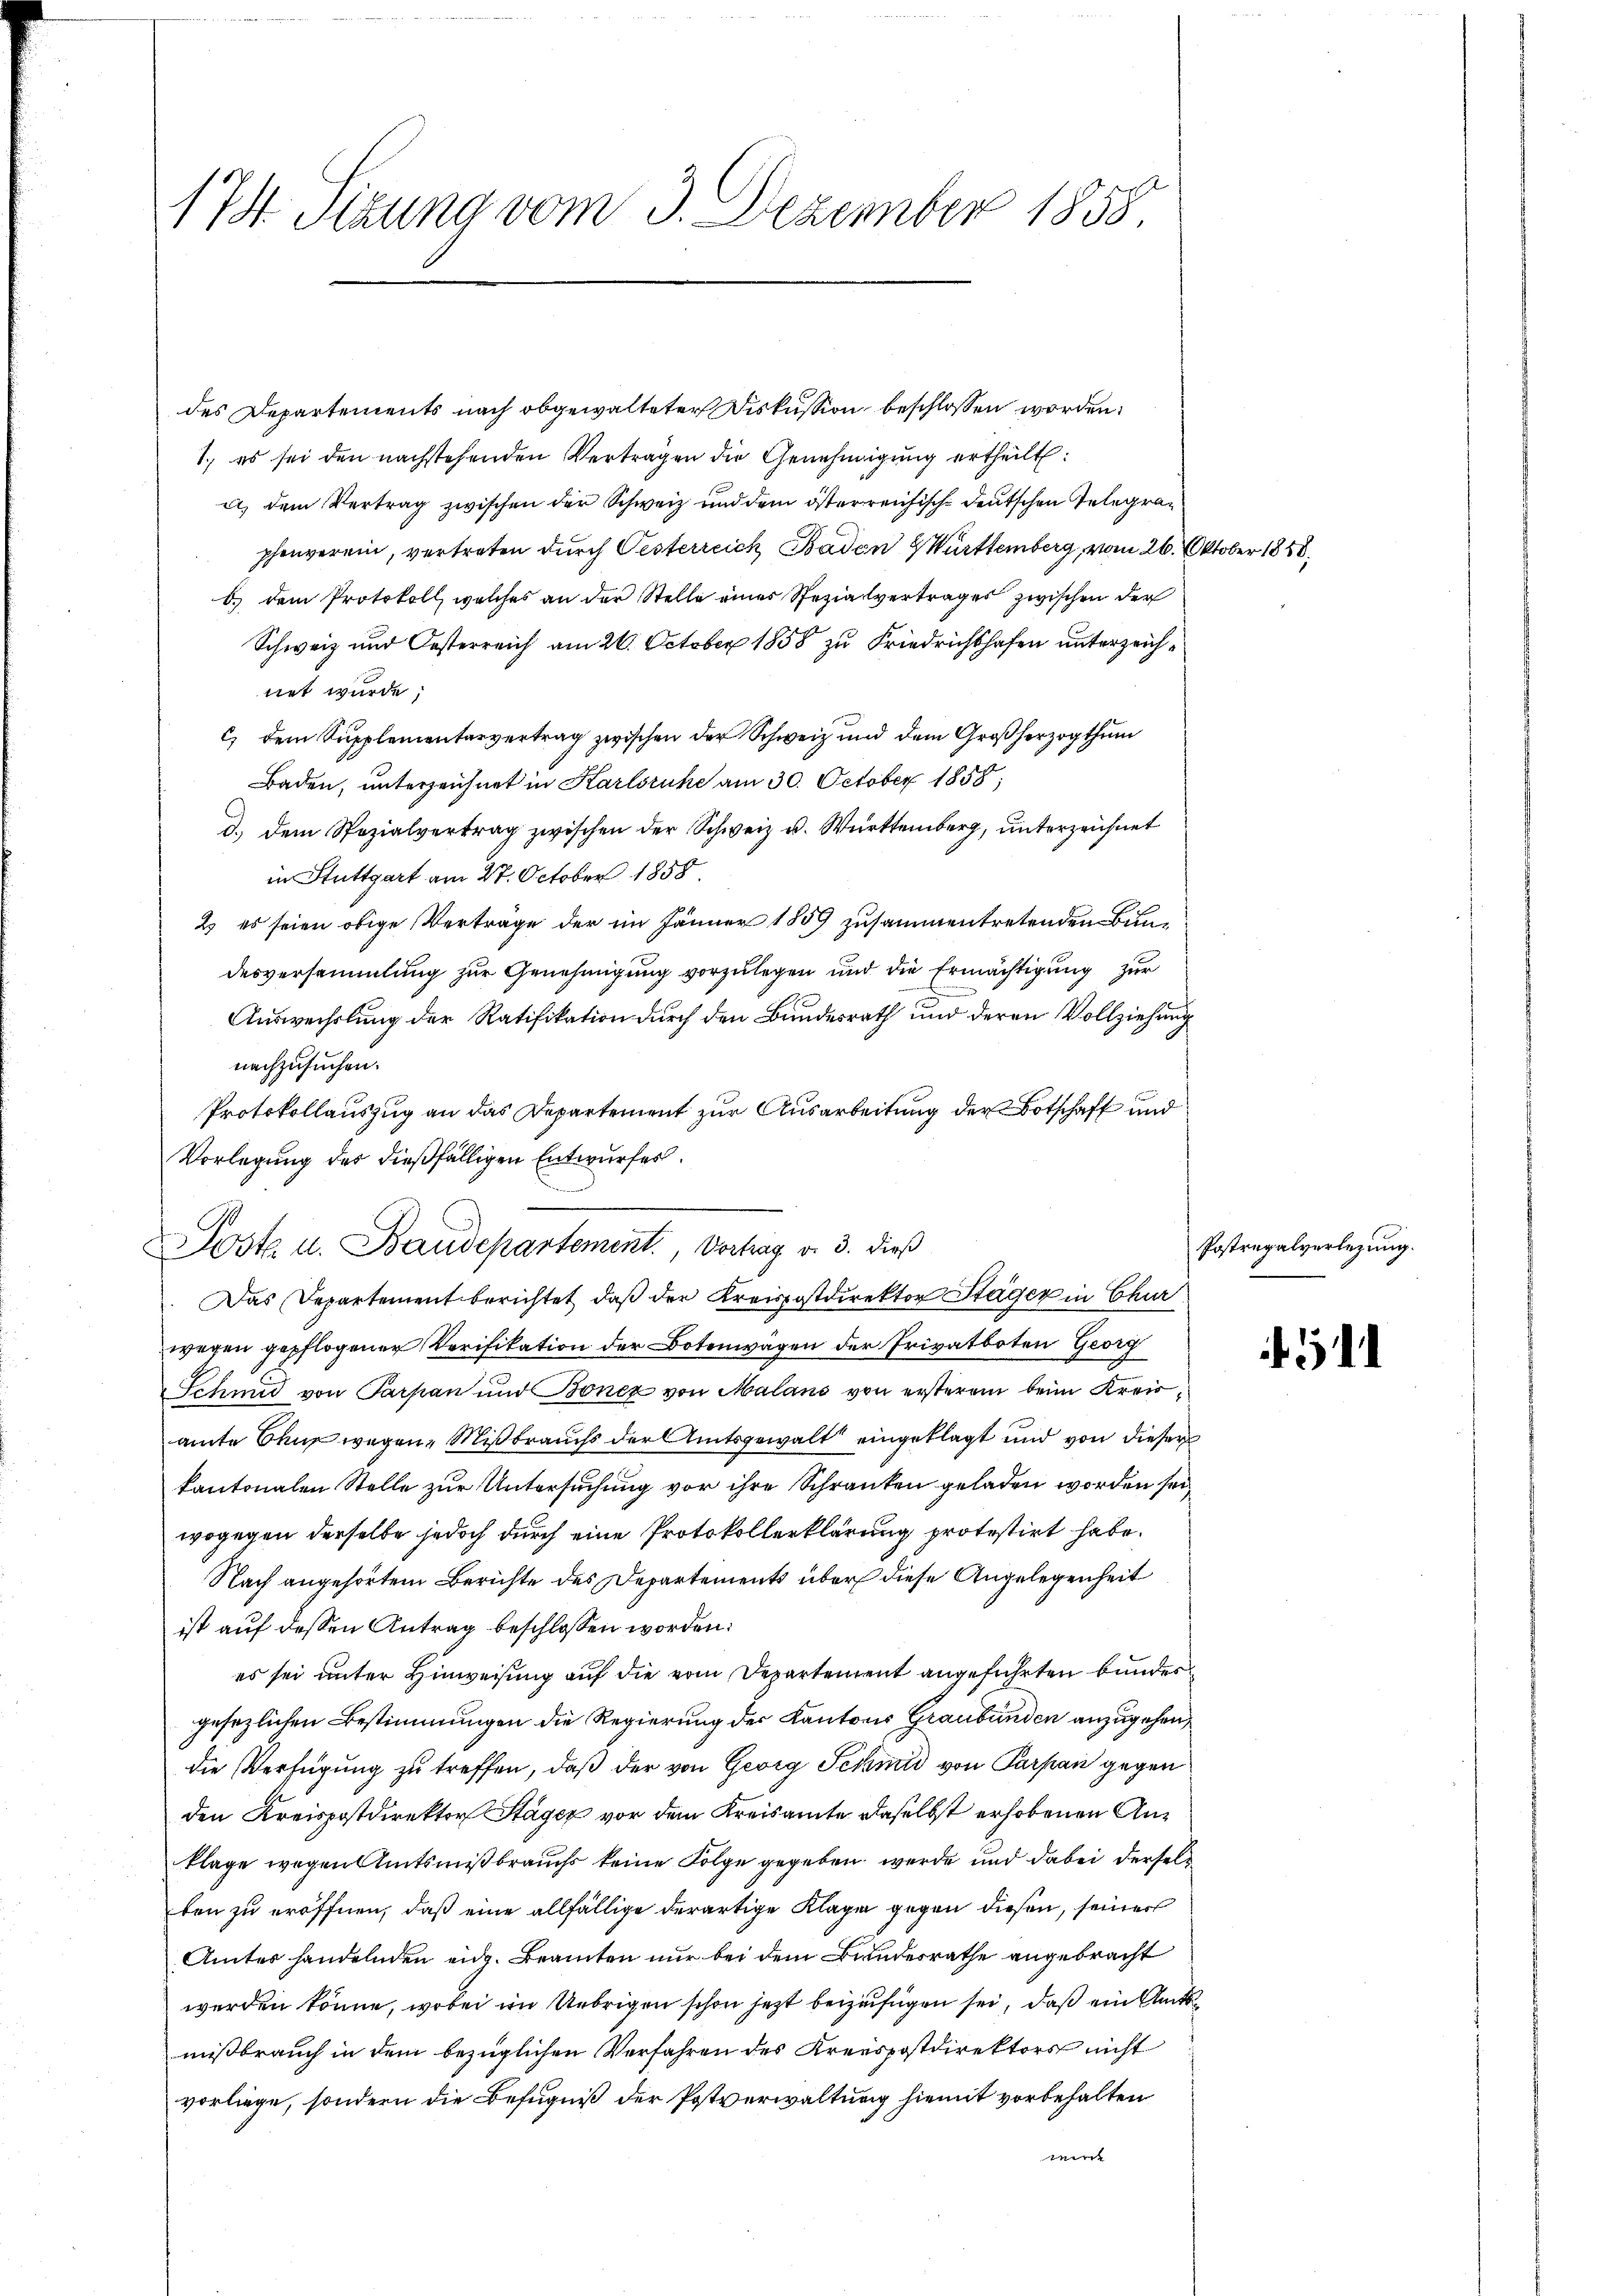
174. Sizung vom 3. Dezember 1858.

des Departements nach obgewalteter Diskussion beschlossen worden.
1. es sei den nachstehenden Vertragen die Genehmigung ertheilt:
a) dem Vertrag zwischen der Schweiz und dem österreichische deutschen Telegraphenverein, vertreten durch Oesterreich Baden Württemberg, vom 26. Oktober 1858
b.) dem Protokoll, welches an der Stelle eines Spezialvertrages zwischen der
Schweiz und Oesterreich am 21. October 1858 zu Friedrichshofen unterzeichnet wurde;
c) dem Supplementarvertrag zwischen der Schweiz und dem Großherzogthum
Baden, unterzeichnet in Karlsruhe am 30. October 1858;
d.) dem Spezialvertrag zwischen der Schweiz u. Württemberg, unterzeichnet
in Stuttgart am 27. October 1858.
2) es seien obige Verträge der im Jänner 1859 zusammentretenden Bundesversammlung zur Genehmigung vorzulegen und die Ermächtigung zur
Auswechslung der Ratifikation durch den Bundesrath und deren Vollziehung
nachzusuchen.
Protokollauszug an das Departement zur Ausarbeitung der Botschaft und
Vorlegung des dießfälligen Entwurfes.
wegen gepflogener Verifikation der Botenwagen der Privatboten Georg
Schmid von Parpan und Bonez von Malans von ersterem beim Kreisamte Chur wegen Mißbrauchs der Amtsgewalt eingeklagt und von dieser
kantonalen Stelle zur Untersuchung vor ihre Schranken geladen worden sei,
wogegen derselbe jedoch durch eine Protokollerklärung protestirt habe.
Nach angehörtem Berichte des Departements über diese Angelegenheit
ist auf dessen Antrag beschlossen worden:
es sei unter Hinweisung auf die vom Departement angeführten Bundes
gesezlichen Bestimmungen die Regierung der Kantons Graubünden anzugehen,
die Verfügung zu treffen, daß der von Georg Schmid von Parpan gegen
den Kreispostdirektor Stäger vor dem Kreisamte daselbst erhobenen Anklage wegen Amtsmißbrauchs keine Folge gegeben werde und dabei derselben zu eröffnen, daß eine allfällige derartige Klage gegen diesen, seiner
Amtes handelnden eidg. Beamten nur bei dem Bundesrathe angebracht
werden könne, wobei im Uebrigen schon jetzt beizufügen sei, daß ein Amtsmißbrauch in dem bezüglichen Verfahren des Kreispostdirektors nicht
vorliege, sondern die Befugniß der Postverwaltung hiemit vorbehalten
mer

Posta u. Baudepartement. Vortrag v. 3. dieß
Das Departement berichtet, daß der Kreispostdirektor Stäger in Chur

Postregalverlegung.

4511